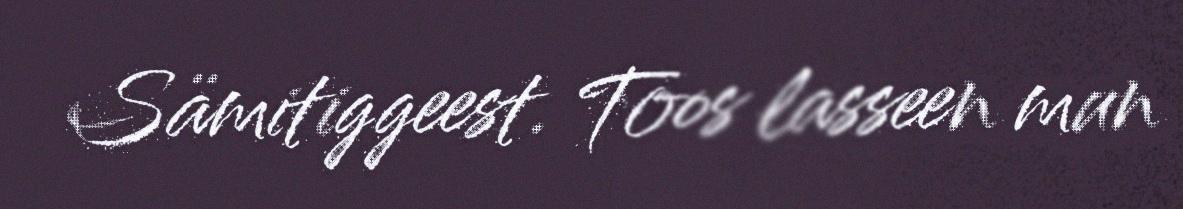
Sämitiggeest. Toos lasseen mun